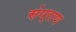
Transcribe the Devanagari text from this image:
संप्राण